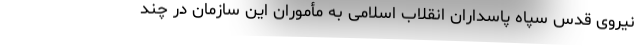
نیروی قدس سپاه پاسداران انقلاب اسلامی به مأموران این سازمان در چند